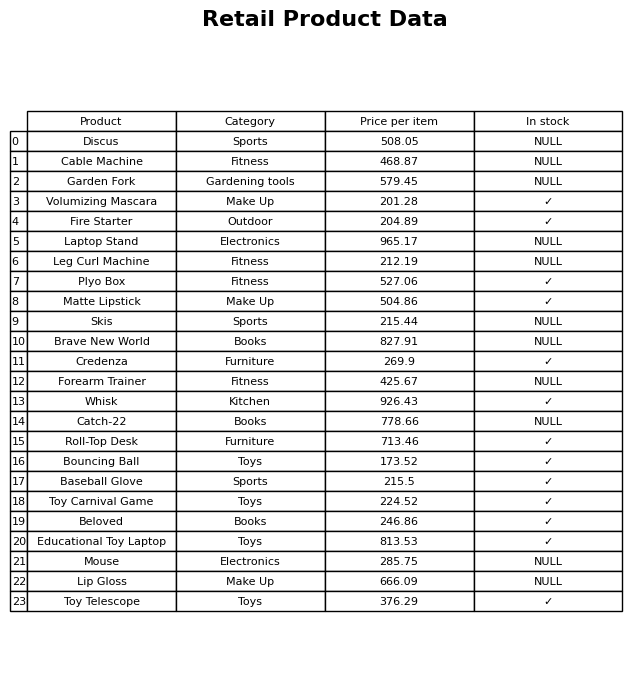
question: What is the price of the Toy Telescope?
answer: The price of Toy Telescope is 376.29.